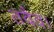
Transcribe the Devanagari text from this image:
तवैव।